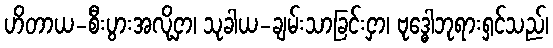
ဟိတာယ-စီးပွားအလို့ငှာ၊ သုခါယ-ချမ်းသာခြင်းငှာ၊ ဗုဒ္ဓေါဘုရားရှင်သည်၊